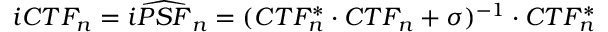
i C T F _ { n } = i \widehat { P S F } _ { n } = ( C T F _ { n } ^ { * } \cdot C T F _ { n } + \sigma ) ^ { - 1 } \cdot C T F _ { n } ^ { * }